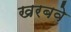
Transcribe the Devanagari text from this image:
खरबवे